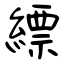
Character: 縹